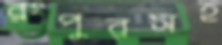
রংপুরসহ